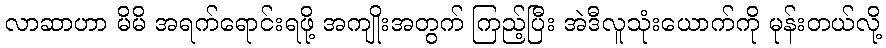
လာဆာဟာ မိမိ အရက်ရောင်းရဖို့ အကျိုးအတွက် ကြည့်ပြီး အဲဒီလူသုံးယောက်ကို မုန်းတယ်လို့